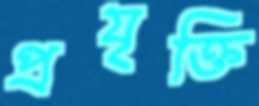
প্রযৃক্তি